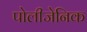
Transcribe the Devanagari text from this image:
पोलीजेनिक